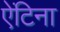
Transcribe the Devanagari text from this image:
ऐंटिना